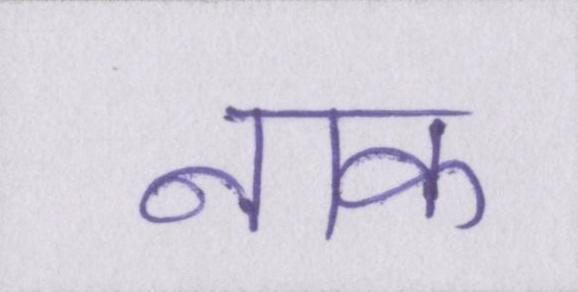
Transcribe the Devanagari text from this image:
नाक